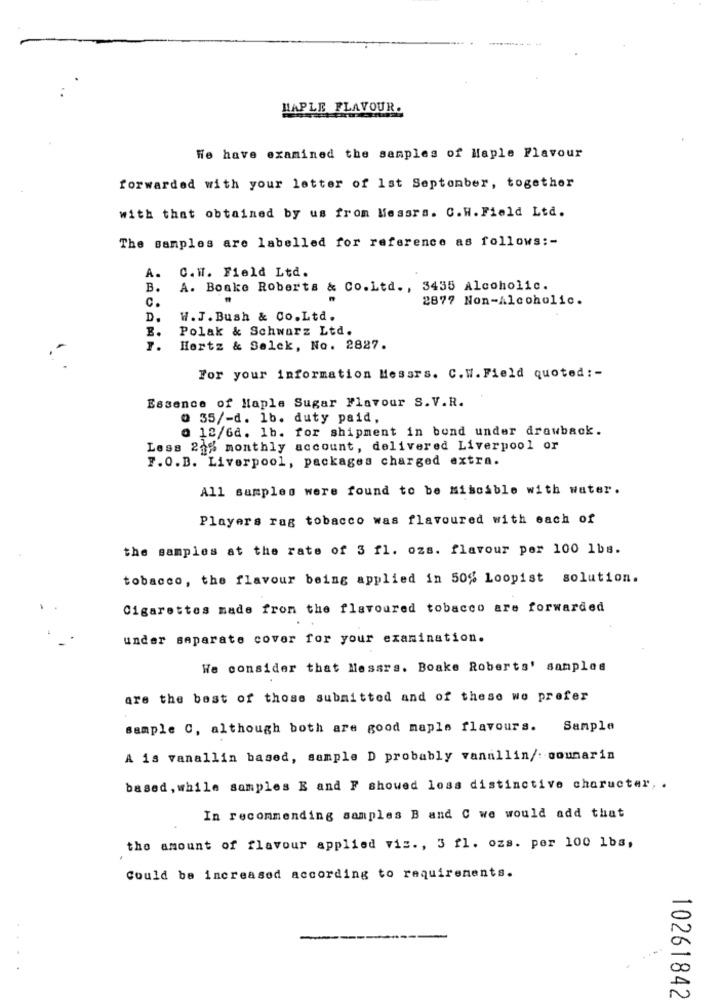
MAPLE FLAVOUR.
We have examined the samples of Maple Flavour
forwarded with your letter of 1st September, together
with that obtained by us from Messrs. C.W. Field Ltd.
The samples are labelled for reference as follows :-
C.W. Field Ltd.
A.
B.
A. Bonke Roberts & Co. Ltd ., 3435 Alcoholic.
2877 Non-Alcoholic.
c.
D.
W. J. Bush & Co.Ltd.
Polak & Schwarz Ltd.
1.
Hertz & Selck, No. 2827.
For your information Messrs. C.W. Field quoted : -
Essence of Maple Sugar Flavour S.V.R.
@ 35/-d. 1b. duty paid,
a 12/64. 1b. for shipment in bond under drawback.
Less 24% monthly account, delivered Liverpool or
7.O.B. Liverpool, packages charged extra.
All samples were found to be Miscible with water.
Players rag tobacco was flavoured with each of
the samples at the rate of 3 fl. ozs. flavour per 100 lbs.
tobacco, the flavour being applied in 50% Loopist solution.
Cigarettes made from the flavoured tobacco are forwarded
under separate cover for your examination.
We consider that Messrs. Boake Roberts' samples
are the best of those submitted and of these we prefer
sample C, although both are good maple flavours. Sample
A is vanallin based, sample D probably vanallin/: coumarin
based , while samples E and F showed loss distinctive charucter, .
In recommending samples B and C we would add that
the amount of flavour applied vis ., 3 fl. ozs. per 100 1bs,
Could be increased according to requirements.
10261842